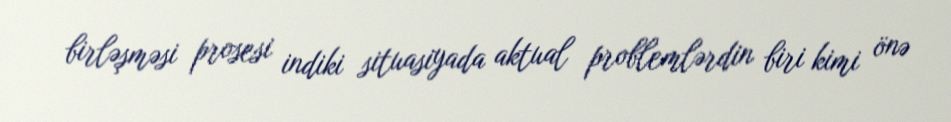
birləşməsi prosesi indiki situasiyada aktual problemlərdin biri kimi önə